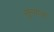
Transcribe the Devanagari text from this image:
सुब्याचा